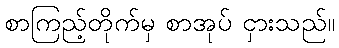
စာကြည့်တိုက်မှ စာအုပ် ငှားသည်။